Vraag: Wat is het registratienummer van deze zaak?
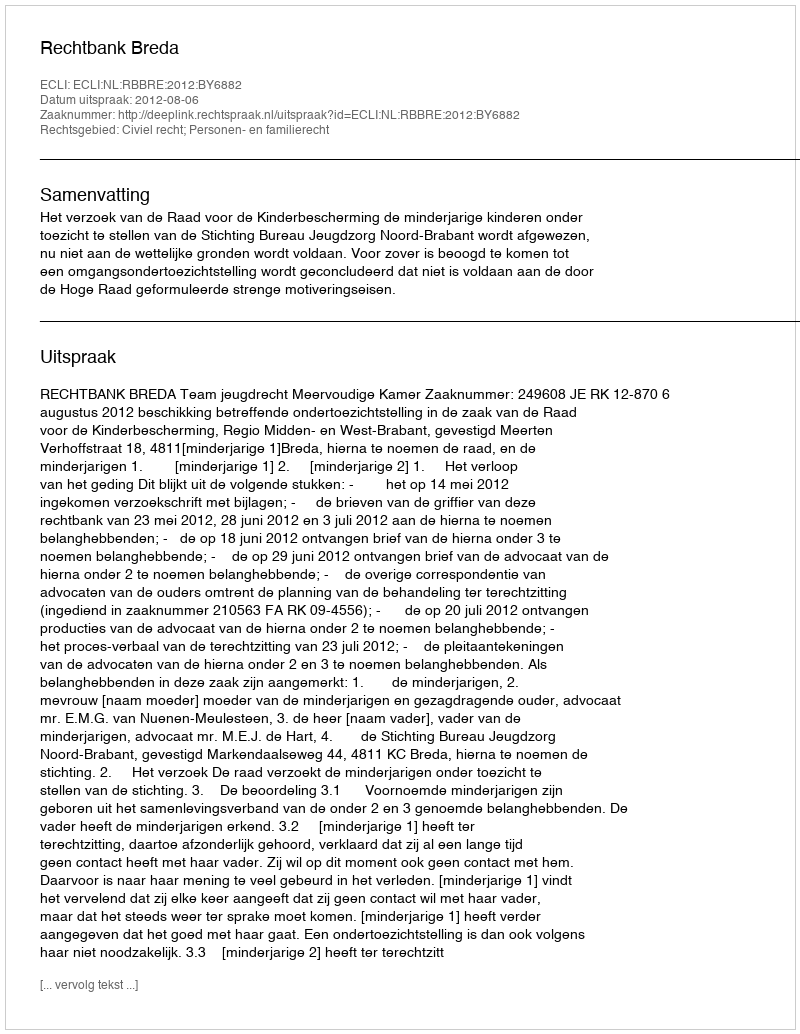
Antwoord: http://deeplink.rechtspraak.nl/uitspraak?id=ECLI:NL:RBBRE:2012:BY6882